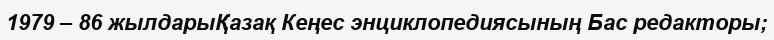
1979 – 86 жылдарыҚазақ Кеңес энциклопедиясының Бас редакторы;